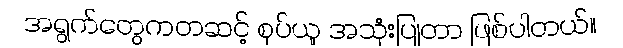
အရွက်တွေကတဆင့် စုပ်ယူ အသုံးပြုတာ ဖြစ်ပါတယ်။